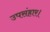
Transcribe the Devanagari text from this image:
उपसंहार।